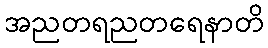
အညတရညတရေနာတိ